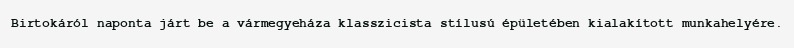
Birtokáról naponta járt be a vármegyeháza klasszicista stílusú épületében kialakított munkahelyére.